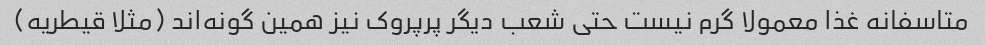
متاسفانه غذا معمولا گرم نیست حتی شعب دیگر پرپروک نیز همین گونه‌اند (مثلا قیطریه)